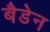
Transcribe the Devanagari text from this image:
बैडेन